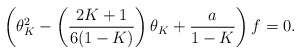
\begin{align*} \left(\theta_K^2 - \left(\frac{2K+1}{6(1-K)}\right)\theta_K + \frac{a}{1-K}\right)f = 0.\end{align*}